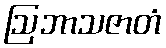
ဩဘာသဇာတံ